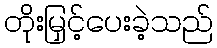
တိုးမြှင့်ပေးခဲ့သည်